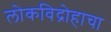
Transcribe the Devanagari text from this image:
लोकविद्रोहाचा